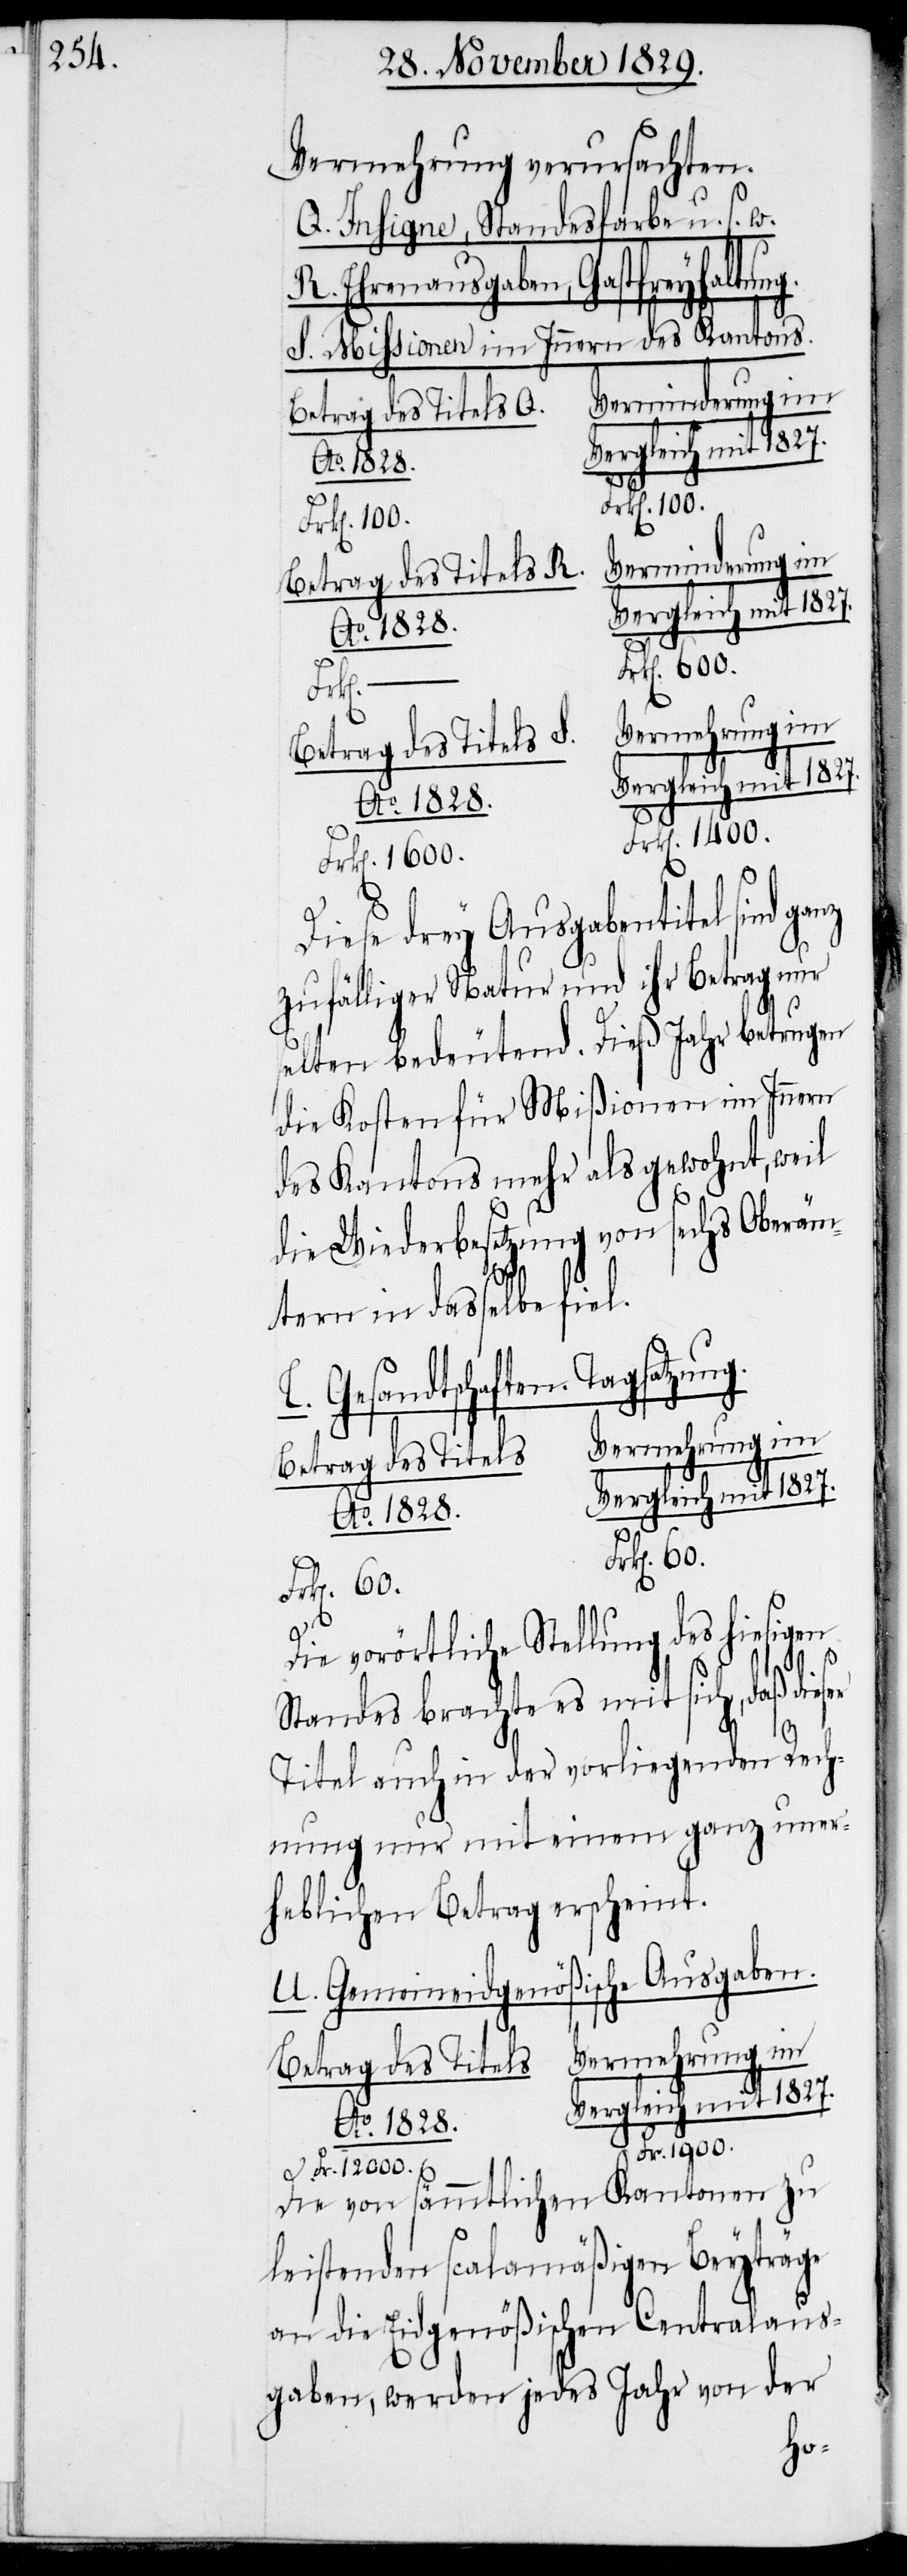
Vermehrung verursachten.
Q. Insigne, Standesfarbe u. s. w.
R. Ehrenausgaben, Gastfreyhaltu¬
S. Missionen im Innern des Kantons.
Verminderung im
Betrag des Titels.
mit 1827.
Frk[en]. 1000.
Betrag des Titels S.
Ao. 1828.
Frk[e¬
Frk[en]. 1400.
Diese drey Ausgabentitel sind g¬
zufälliger Natur und ihr Betrag nur
selten bedeutend. Dieß Jahr betrugen
die Kosten für Mißionen im Innern
des Kantons mehr als gewohnt, weil
die Wiederbesetzung von sechs Oberäm¬
anz
tern in dasselbe fiel.
T. Gesandtschaften. Tagsatzung.
k[en]. 60.
Die vorörtliche Stellung des hiesigen
Standes brachte es mit sich, daß dieser
Titel auch in der vorliegenden Rech¬
nung nur mit einem ganz uner¬
heblichen Betrag erscheint.
U. Gemeineidgenößische Ausgaben.
Vermehrung im
n]. 12000.
Die von sämmtlichen Kantonen zu
leistenden scalamäßigen Beyträge
an die Eidgenößischen Centralaus¬
gaben, werden jedes Jahr von der